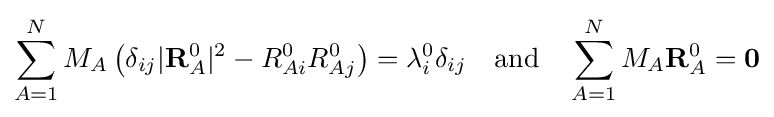
\sum _{A=1}^{N}M_{A}\,{\big (}\delta _{ij}|\mathbf {R} _{A}^{0}|^{2}-R_{Ai}^{0}R_{Aj}^{0}{\big )}=\lambda _{i}^{0}\delta _{ij}\quad \mathrm {and} \quad \sum _{A=1}^{N}M_{A}\mathbf {R} _{A}^{0}=\mathbf {0}